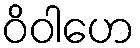
ဝိဝါဟေ